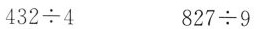
$$ 4 3 2 ÷ 4 $$$$ 8 2 7 ÷ 9 $$